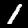
Digit: 1